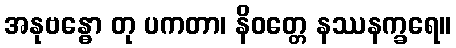
အနုဗန္ဓော တု ပကတာ၊ နိဝတ္တေ နဿနက္ခရေ။